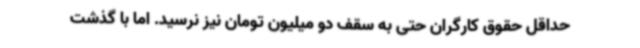
حداقل حقوق کارگران حتی به سقف دو میلیون تومان نیز نرسید. اما با گذشت